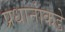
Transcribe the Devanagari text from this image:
प्रधानांकडे